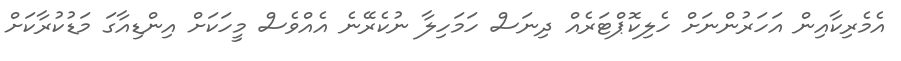
އެމެރިކާއިން އަހަރުންނަަށް ހެލިކޮޕްޓަރެއް ދިނަސް ހަމަހިލާ ނުކެރޭނެ އެއްވެސް މީހަކަށް އިންޑިއާގަ މަޑުކުރާކަށް